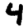
Digit: 4